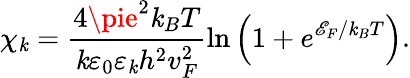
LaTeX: \chi_{\mathit{k}}=\frac{{4\pie^{2}\mathit{k}_{B}T}}{{\mathit{k}\varepsilon_{0}\varepsilon_{\mathit{k}}h^{2}v_{F}^{2}}}\ln\left(1+e^{\mathscr{{E}}_{F}/\mathit{k}_{B}T}\right).